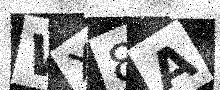
Text: WX8A